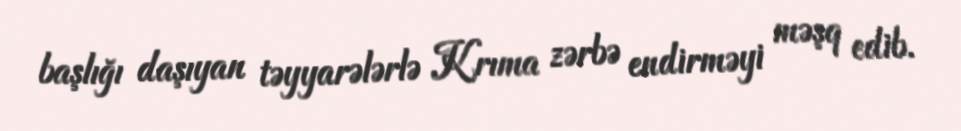
başlığı daşıyan təyyarələrlə Krıma zərbə endirməyi məşq edib.